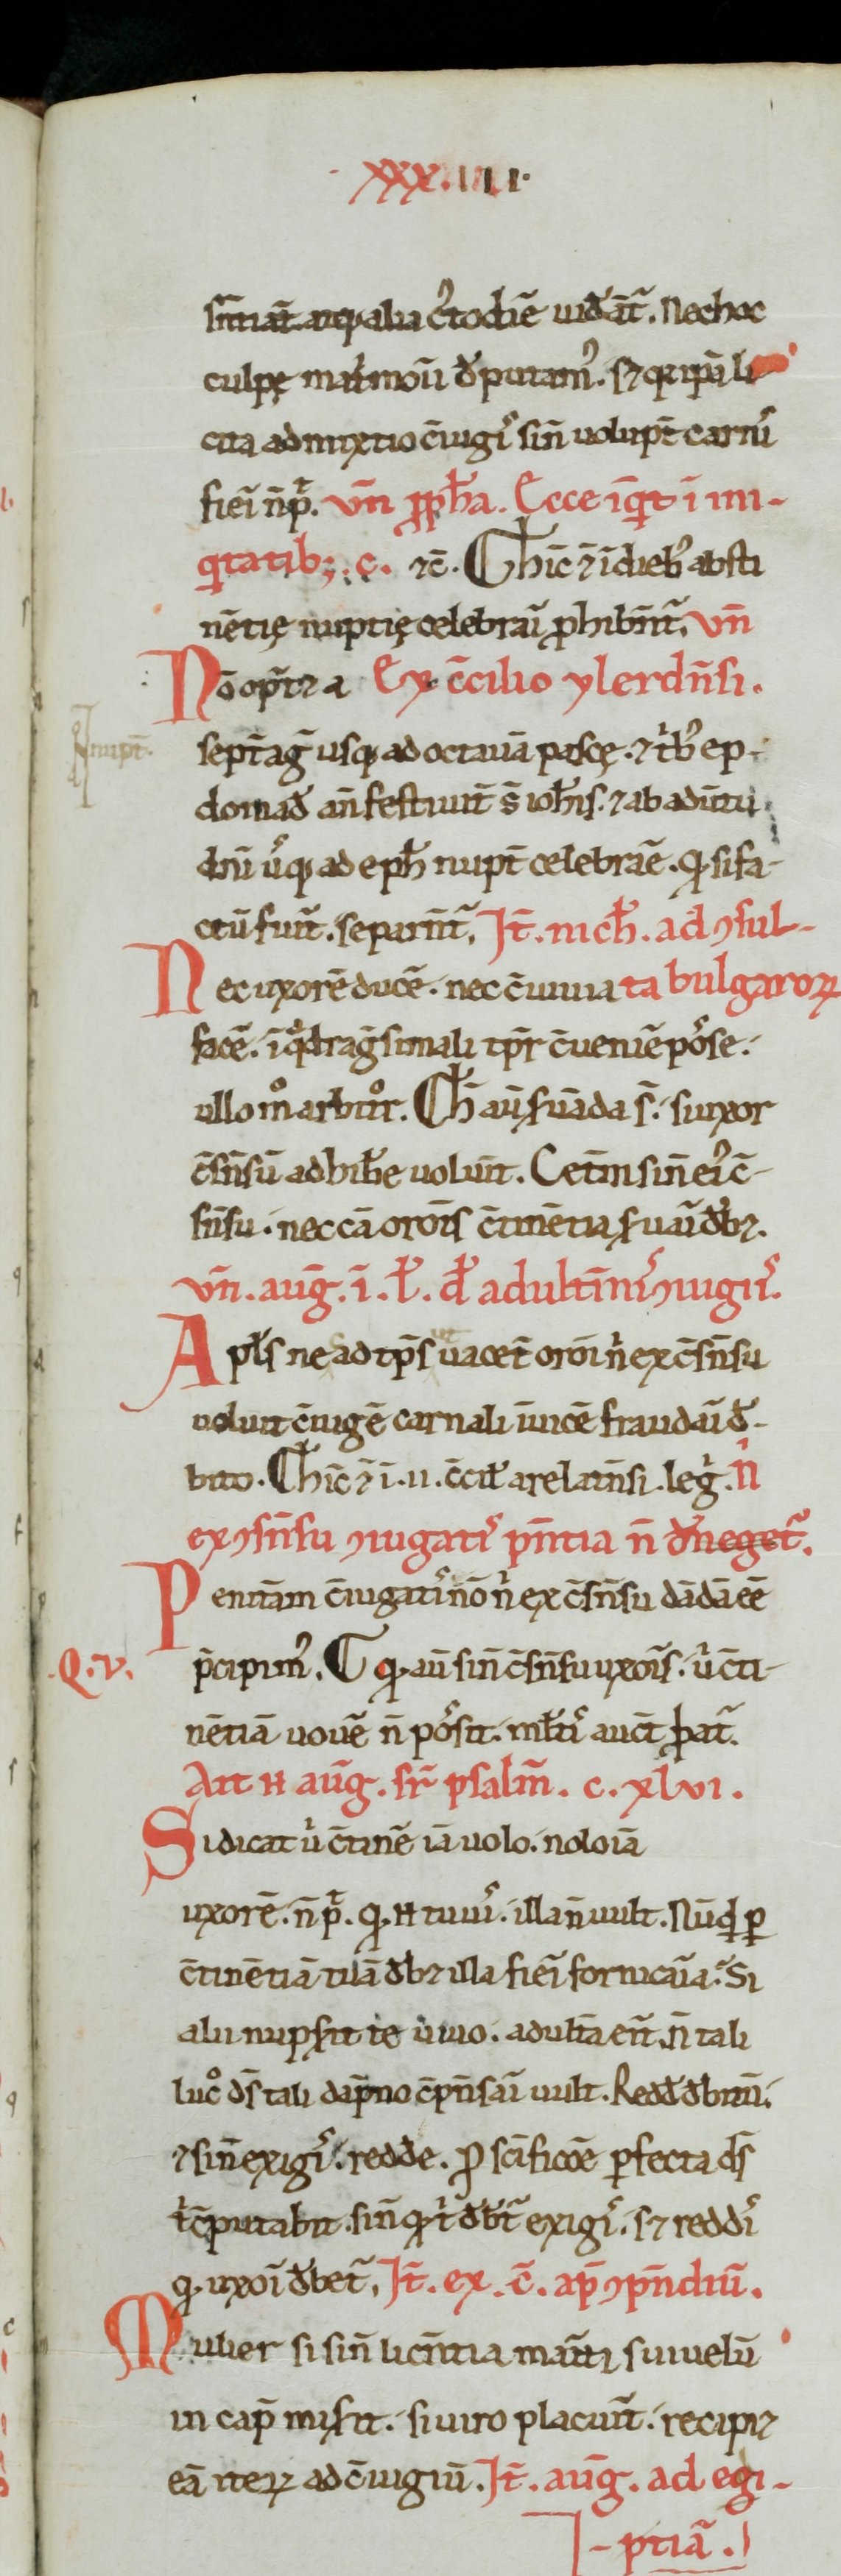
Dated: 1100–1199